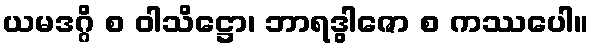
ယမဒဂ္ဂိ စ ဝါသိဋ္ဌော၊ ဘာရဒွါဇော စ ကဿပေါ။